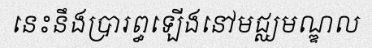
នេះនឹងប្រារព្ធឡើងនៅមជ្ឈមណ្ឌល